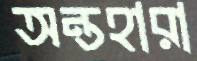
অন্তহারা